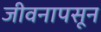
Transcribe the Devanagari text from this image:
जीवनापसून